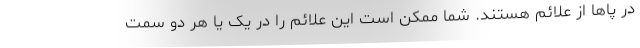
در پاها از علائم هستند. شما ممکن است این علائم را در یک یا هر دو سمت